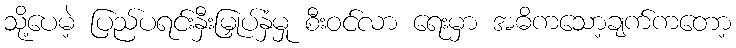
သို့ပေမဲ့ ပြည်ပရင်းနှီးမြှုပ်နှံမှု စီးဝင်လာ ရေးမှာ အဓိကသော့ချက်ကတော့